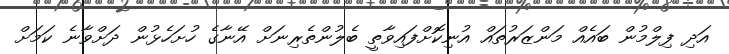
އަދި ފިލްމުން ބައެއް މަންޒަރުތައް އުނިކޮށްފައިވާތީ ބެލުންތެރިނަށް އޭނާގެ ހުށަހެޅުން ދަށްވާނެ ކަމަށް